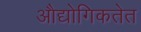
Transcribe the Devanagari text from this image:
औद्योगिकतेत